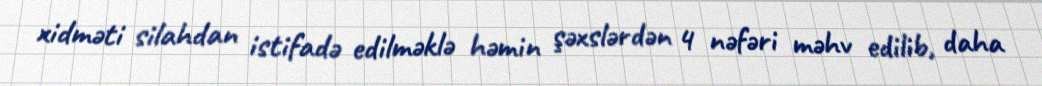
xidməti silahdan istifadə edilməklə həmin şəxslərdən 4 nəfəri məhv edilib, daha